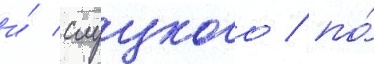
и́ слуцкого / по́